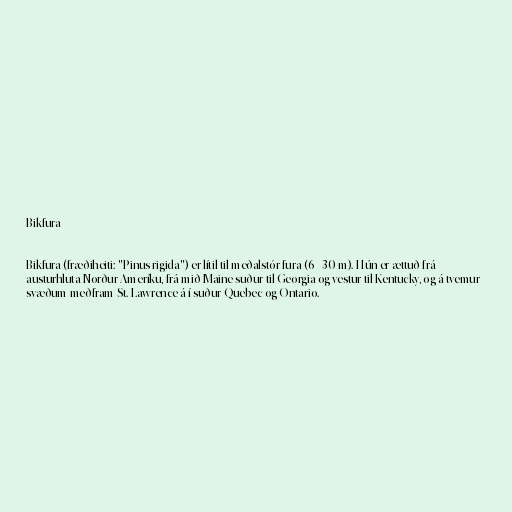
Bikfura

Bikfura (fræðiheiti: "Pinus rigida") er lítil til meðalstór fura (6 - 30 m). Hún er ættuð frá
austurhluta Norður-Ameríku, frá mið Maine suður til Georgia og vestur til Kentucky, og á tvemur
svæðum meðfram St. Lawrence á í suður Quebec og Ontario.